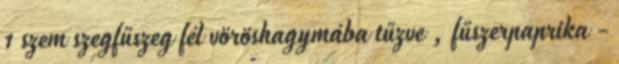
1 szem szegfűszeg fél vöröshagymába tűzve , fűszerpaprika -